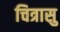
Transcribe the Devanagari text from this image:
चित्रासु